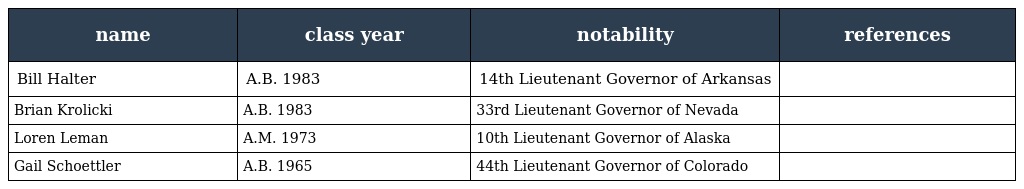
| name | class year | notability | references |
 | --- | --- | --- | --- |
 | Bill Halter | A.B. 1983 | 14th Lieutenant Governor of Arkansas |  |
 | Brian Krolicki | A.B. 1983 | 33rd Lieutenant Governor of Nevada |  |
 | Loren Leman | A.M. 1973 | 10th Lieutenant Governor of Alaska |  |
 | Gail Schoettler | A.B. 1965 | 44th Lieutenant Governor of Colorado |  |